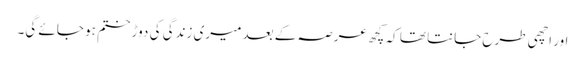
اور اچھی طرح جانتا تھا کہ کچھ عرصہ کے بعد میری زندگی کی دوڑ ختم ہو جائے گی۔